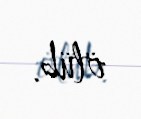
ölüb.